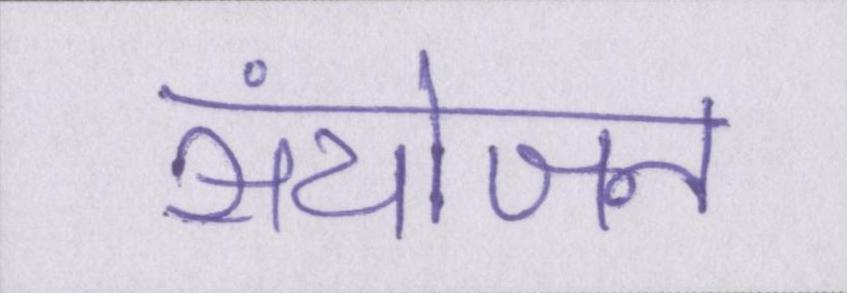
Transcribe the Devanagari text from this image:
संयोजन